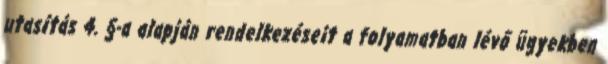
utasítás 4. §-a alapján rendelkezéseit a folyamatban lévő ügyekben